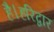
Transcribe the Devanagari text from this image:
है।हरिद्वार